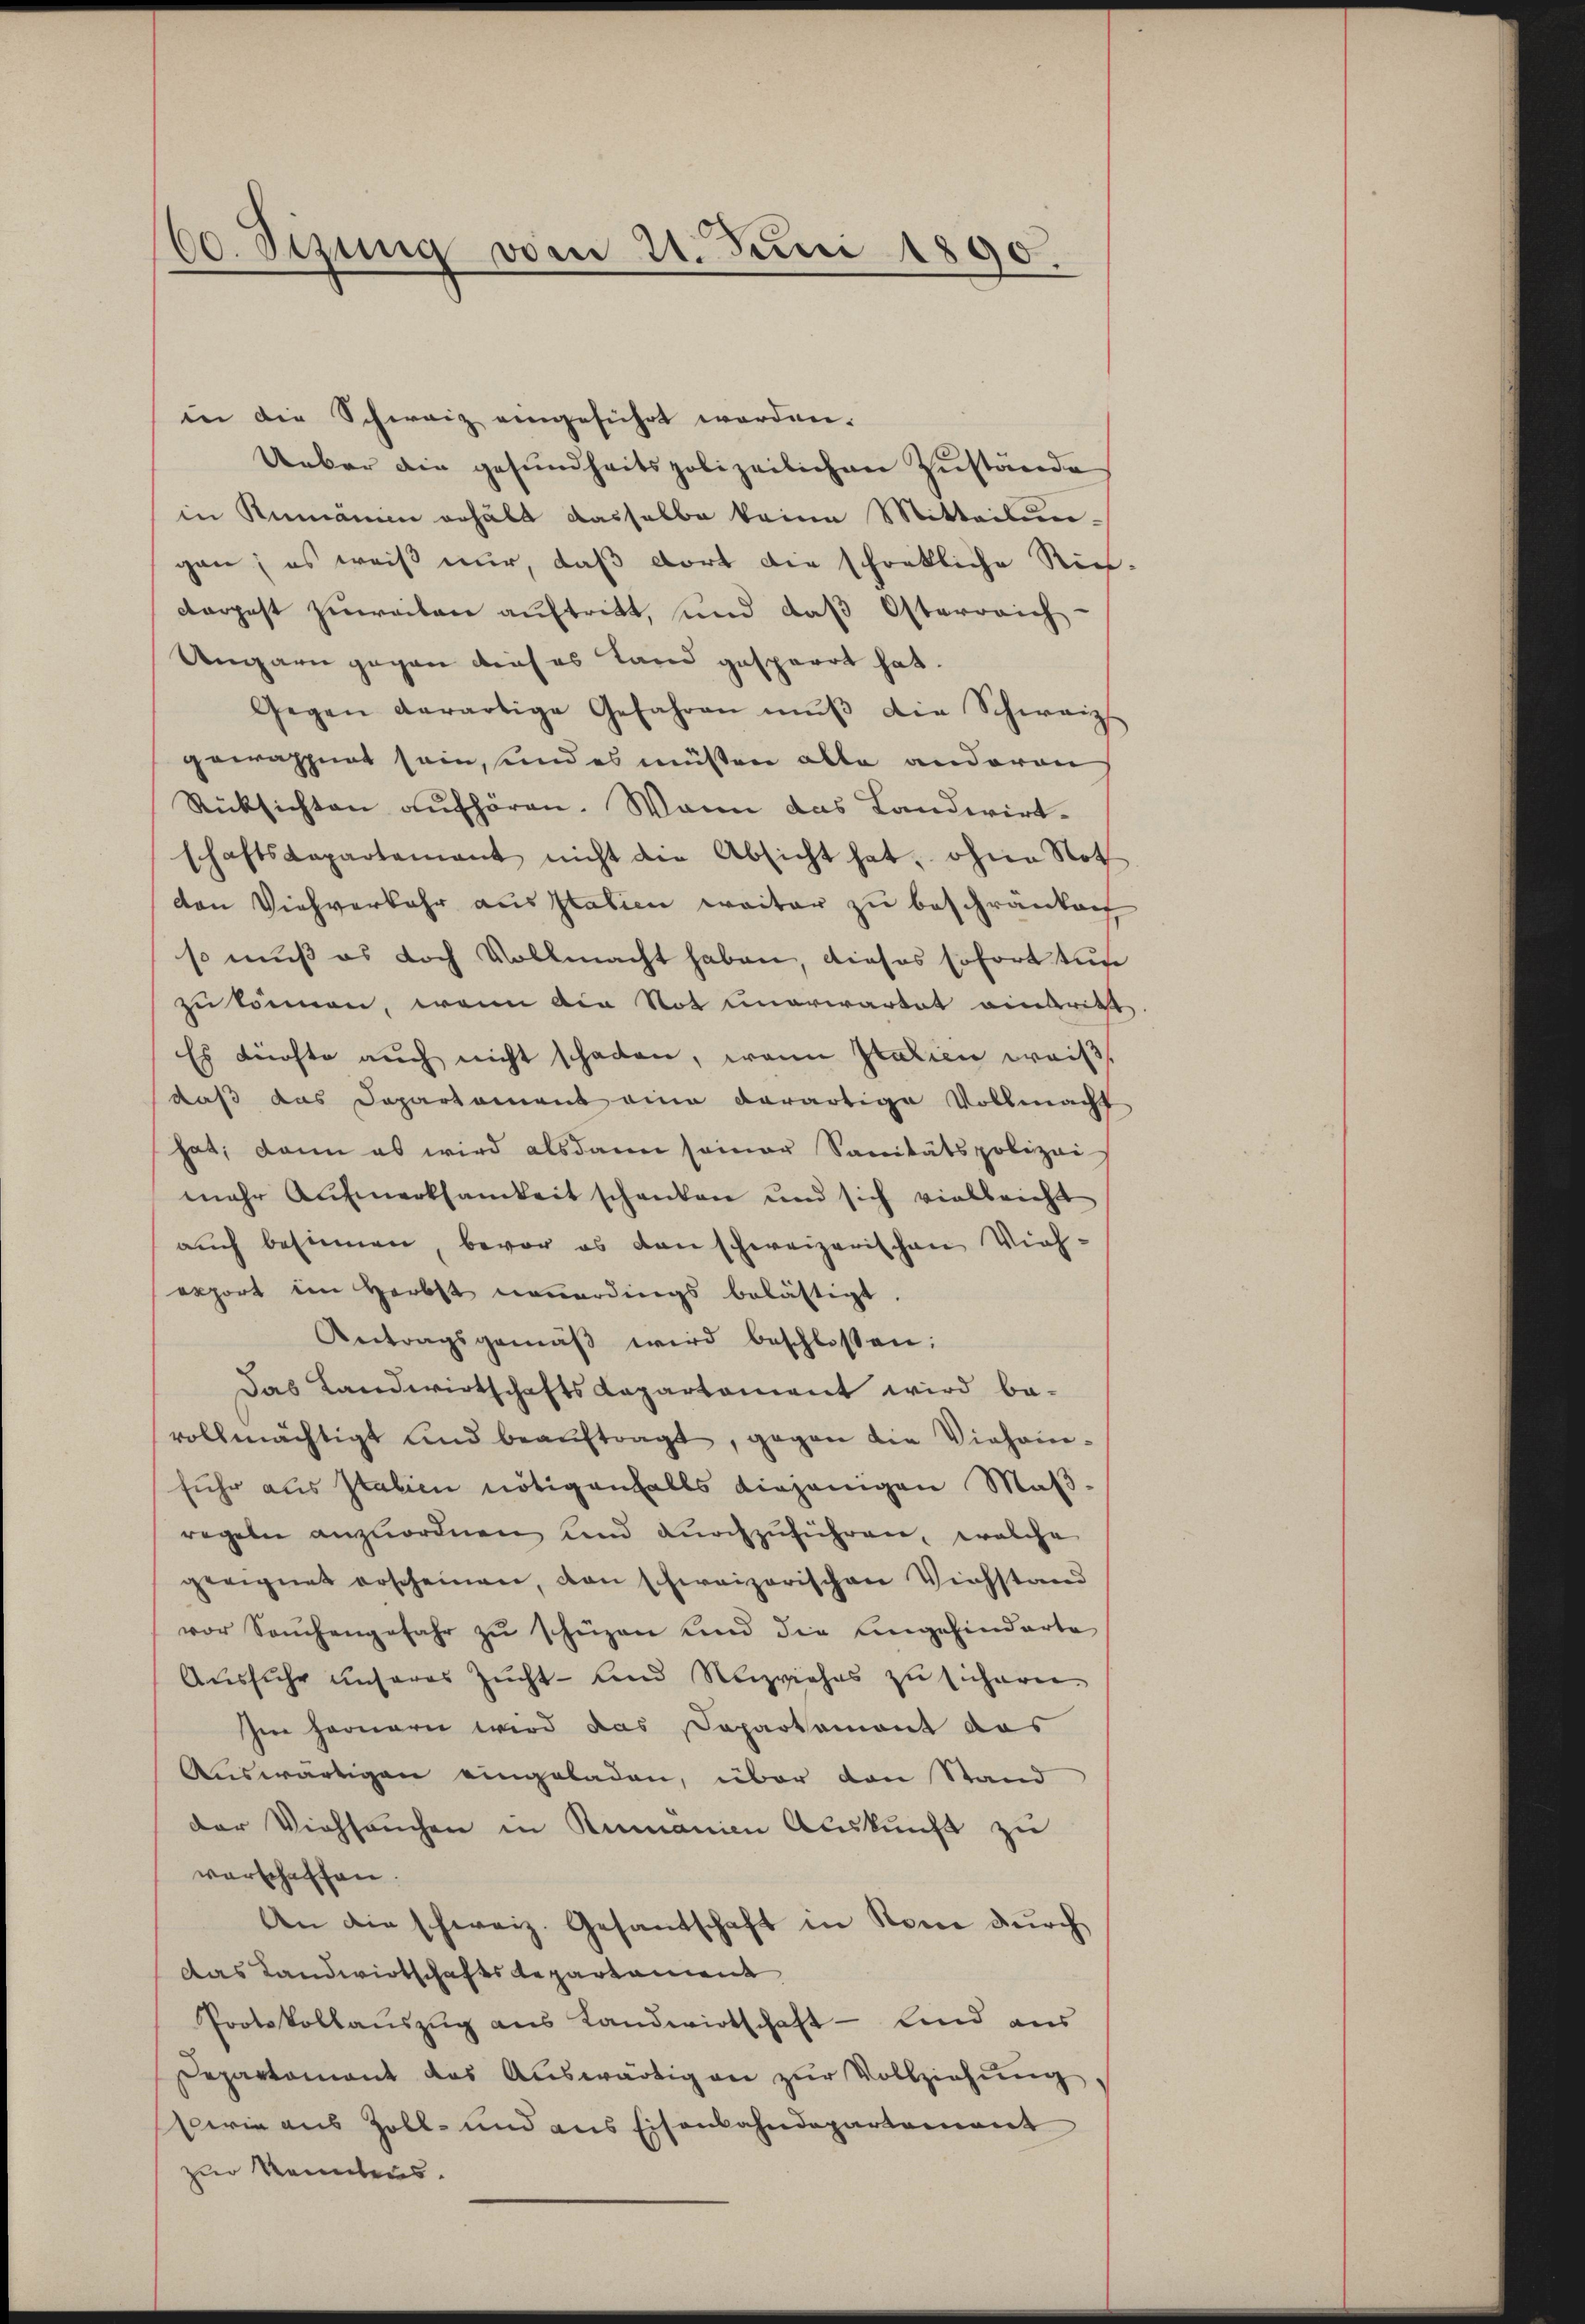
00. Sezung vom 21. Juni 1890.

in die Schweiz eingeführt worden.
Ueber die gesundheitspolizeilichen Zustände
in Rumänien erhält dasselbe keine Mitteilungen; es weiß nur, daß dort die schonkliche Rich
carpest zuweiten auftritt, und daß Osterreich
Ungarn gegen aus es Land gesperrt hat.
Gegen derartige Gefahren mŭβ die Schweiz
gewappnet sein, und es müßten alle anderen
Rücksichten aufhören. Wann das Landwirtschaftsdepartement nicht die Absicht hat, ohne Noth
den Viehverkehr aus Italien weiter zu beschränken
so muß es doch Vollmacht haben, dieses sofort tute
zu können, wenn die Not unerwartet eintritt
Es dürfte auch nicht schaden, wenn statien weiß,
daß das Departament eine derartige Vollmacht
hat; dann es wird alsdann seiner Sanitätspolizei-
mehr Aufmerksamkeit schenken und sich vielleicht
auch besinnen, bevor es den schweizerischen Vieh-
export im Herbst neuerdings belästigt.
Antragsgemäβ wird beschlossen:
Das Landwirtschafts Capartement wird be-
vollmächtigt und beaŭftragt, gegen die Viehanfuhr aus Italien nötigenfalls diejenigen Maβ-
regeln anzuordnen und durchzuführen, welche
geeignet erscheinen, von schweizerischen Viehstand
vor Sachengefahr zu schüzen und die Angehinderte
Aŭsfŭhr ŭnseres Zŭcht- und Neizviehes zŭ sicheren
Im Fernern wird das Sapartement das
Auswärtigen eingeladen, über den Stand
der Viehseuchen in Rumanien Auskunft zu
verschaffen.
An die schweiz. Gesandschaft in Rone dŭrch
Das Landwirtschafts Repartament
Protokollauszug aus Landwirtschaft — Kind aus
Departament das Auswärtigen zŭr Vollziehung,
wie aus Zoll- und aus Eisenbahndepartement
zur Kenntens.